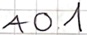
Text: A0.1